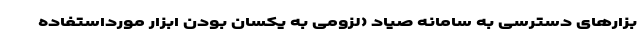
بزارهای دسترسی به سامانه صیاد (لزومی به یکسان بودن ابزار مورداستفاده